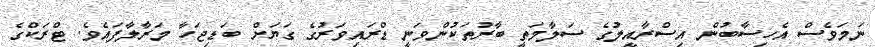
ނަމަވެސް އެހިސާބުން އިސްރާއީލުގެ ސަލާމަތީ ބާރުތަކުންވަނީ ޑްރައިވަރުގެ ގަޔަށް ބަޑިޖަހާ މަރާލާފައެވެ. ޓްރަކްގެ